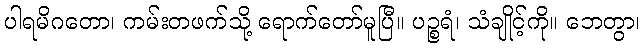
ပါရမိဂတော၊ ကမ်းတဖက်သို့ ရောက်တော်မူပြီ။ ပဉ္စရံ၊ သံချိုင့်ကို။ ဘေတွာ၊